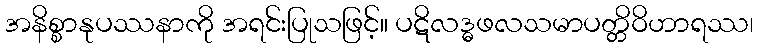
အနိစ္စာနုပဿနာကို အရင်းပြုသဖြင့်။ ပဋိလဒ္ဓဖလသမာပတ္တိဝိဟာရဿ၊